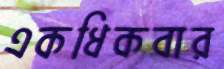
একধিকবার